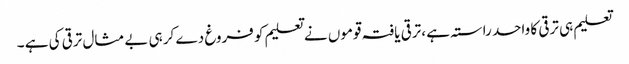
تعلیم ہی ترقی کا واحد راستہ ہے ،ترقی یافتہ قوموں نے تعلیم کو فروغ دے کر ہی بے مثال ترقی کی ہے ۔